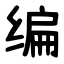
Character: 编